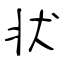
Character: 状